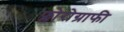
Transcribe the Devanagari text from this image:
फ्लोरोग्राफी